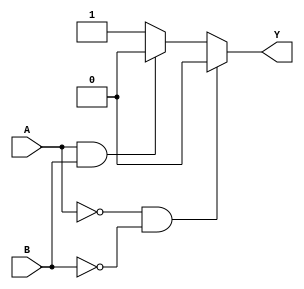

module MyInverter (output reg Y, input A, B);
//xor get
    always @ (A or B) begin
        if (A == 1'b0 & B == 1'b0) begin
            Y = 1'b0;
        end
        else if (A == 1'b1 & B == 1'b1) begin
            Y = 1'b0;
        end
        else begin
            Y = 1'b1;
        end
    end
endmodule